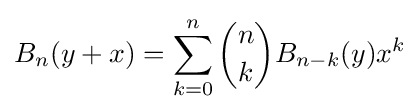
B_{n}(y+x)=\sum _{k=0}^{n}{n \choose k}B_{n-k}(y)x^{k}